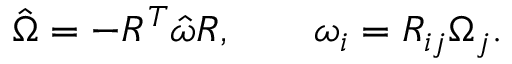
\begin{array} { r } { \hat { \Omega } = - R ^ { T } \hat { \omega } R , \qquad \omega _ { i } = R _ { i j } \Omega _ { j } . } \end{array}